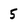
Character: 5